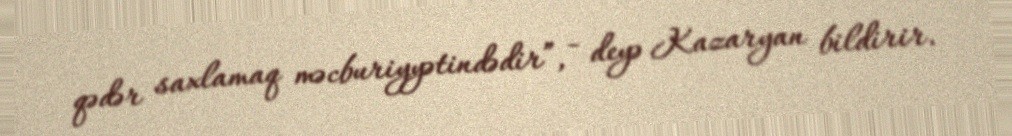
qədər saxlamaq məcburiyyətindədir”, - deyə Kazaryan bildirir.